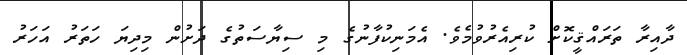
ދާއިރާ ތަރައްޤީކޮށް ކުރިއެރުވުމެވެ. އެމަނިކުފާނުގެ މި ސިޔާސަތުގެ ދަށުން މިދިޔަ ހަތަރު އަހަރު